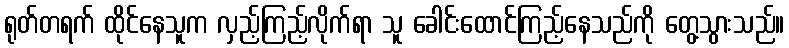
ရုတ်တရက် ထိုင်နေသူက လှည့်ကြည့်လိုက်ရာ သူ ခေါင်းထောင်ကြည့်နေသည်ကို တွေ့သွားသည်။